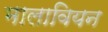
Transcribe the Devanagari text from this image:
मालावियन